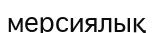
мерсиялық